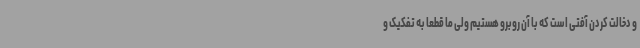
و دخالت کردن آفتی است که با آن روبرو هستیم ولی ما قطعا به تفکیک و